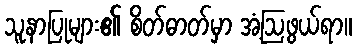
သူနာပြုများ၏ စိတ်ဓာတ်မှာ အံ့ဩဖွယ်ရာ။